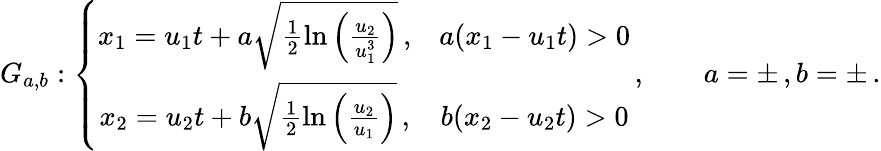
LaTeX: G_{a,b}:\left\{ \begin{array}{cc}{x_{1}=u_{1}t+a\sqrt{\frac{1}{2}\ln\left(\frac{u_{2}}{u_{1}^{3}}\right)}\, ,}&{a(x_{1}-u_{1}t)>0}\\ {x_{2}=u_{2}t+b\sqrt{\frac{1}{2}\ln\left(\frac{u_{2}}{u_{1}}\right)}\, ,}&{b(x_{2}-u_{2}t)>0}\end{array}\right.\, ,\qquad a=\pm\, ,b=\pm\, .